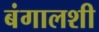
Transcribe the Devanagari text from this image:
बंगालशी